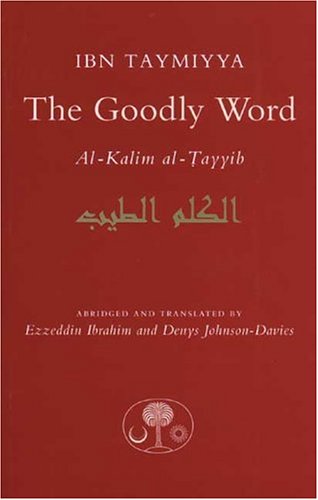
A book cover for The Goodly Word; Taqi ad-Din Ahmad Ibn Taymiyya; Religion & Spirituality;